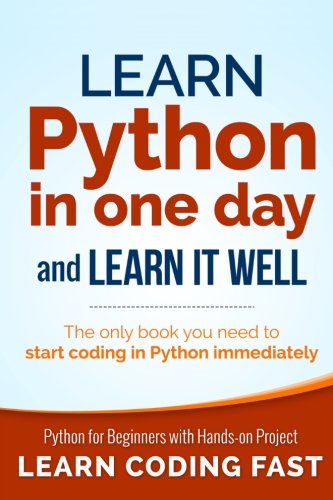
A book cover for Learn Python in One Day and Learn It Well: Python for Beginners with Hands-on Project. The only book you need to start coding in Python immediately; Jamie Chan; Computers & Technology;